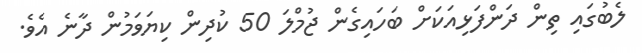
ލެބުގައި ތިން ދަންފަޅިއަކަށް ބަހައިގެން ޖުމްލަ 50 ކުދިން ކިޔަވަމުން ދާނެ އެވެ.